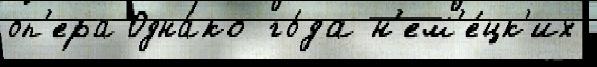
оп'ера Одна́ко го́да н'ем'е́цк'их